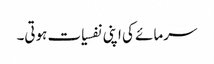
سرمائے کی اپنی نفسیات ہوتی۔